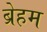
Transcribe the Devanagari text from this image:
ब्रेहम